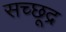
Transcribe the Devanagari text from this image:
सच्छूद्र